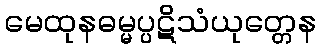
မေထုနဓမ္မပ္ပဋိသံယုတ္တေန